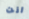
انت